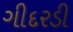
ગીદરડી